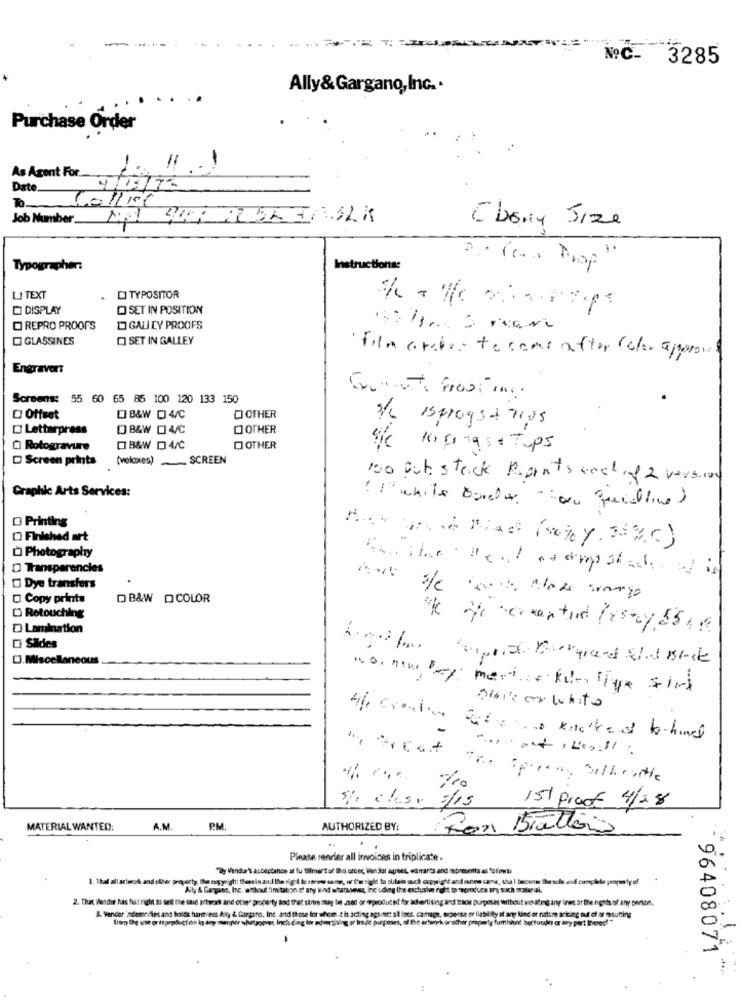
NºC- 3285
Ally& Gargano, Inc. .
Purchase Order
As Agent For.
Date.
To
To1/10
Job Number_ No1 40 R 5K TASAK
Ebony Size
Typographer:
Instructions:
2. Ce. Prop
LJ TEXT
. DI TYPOSITOR
[] DISPLAY
O SET IN POSITION
O REPRO PROOFS
D GALLEY PROOFS
GLASSINES
O SET IN GALLEY
Film arabes to come after (clor apparat
Engraver:
Screens: 55 60 65 85 100 120 133 150
Offset
B&W 4/C
O OTHER
s/c isprogst Tros
Letterpress
B&W [ 4/C
DOTHER
) Rotogravure
B&W D 4/C
OOTHER
s mags Tups
D Screen prints
(veloxes)SCREEN
100 But stock Points cost of 2 versione
Graphic Arts Services:
( I' white bordo. "ou quiline)
@ Printing
O Finished art
Photography
Dye transfers
O Copy prints
DB&W DCOLOR
D Retouching
Lamination
of cantine /150y, 55, 1
Slides
D.Miscellaneous
pois or white
46 Cronin
autistico kneke of behind
5% clase dis
151 Procf 4/2.8
MATERIAL WANTED:
A.M.
PM
AUTHORIZED BY:
For
brattoro
..
Please render all invoices in triplicate .
Dly Vendar's acceptance at fu fillment of lha orces, Won Sor agrees, warrants and mepresents as follows:
1. 1hal all artwork and other property, Ile onyright thereis an.l the rig ( tertres same, or i'm rigle to obtain such copyright and senen same, tha | becena the sole and complete property of
Aily & Gargano, Inc. "hout limitation of ary kind oft
2. That vender has fut right to sell the said Itwork and ofw" property sad that same may be ased or eproduckt for adverti ting and trace purposes without wie ating iny trer or the nights of any person.
8. Wender indlemelies and holds harmiesz Aty & Gargano,
c. and those for shem
Lap the use or it productos in ary
je purposes, of
liability of any kind or nature arteing out of or mesutting
nhand hertunder or any part Breros !!
- 96408071